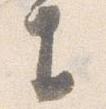
生